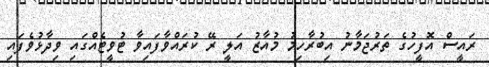
ރައީސް އޮފީހުގެ ތަރުޖަމާނު އިބުރާހިމު މުއާޒު އަލީ ރޭ ކުރައްވާފައިވާ ޓުވީޓެއްގައި ވިދާޅުވެފައި